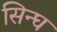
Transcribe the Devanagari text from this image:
सिन्घ